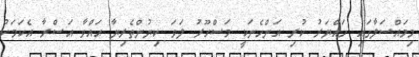
މިމައްސަލާގައި ހައްޔަރު ކުރި އަންހެނަކީ މަސްހޫރު ލަވަ ކިޔުންތެރިޔާ ޙައްވާ އަސްރާ އެކަމަކު